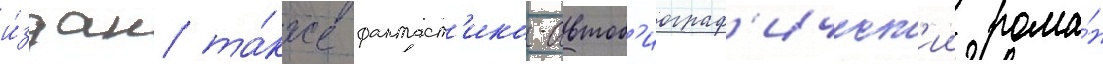
и́здан та́кже фантаст'ико-автоб'иограф'ическ'ии рома́н